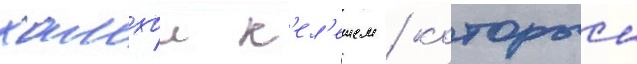
хамзои к'ел'ешем / которыи